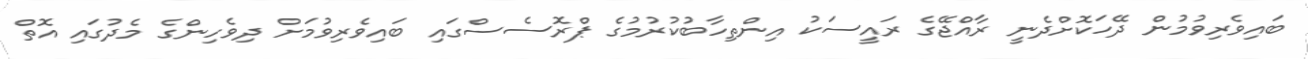
ބައިވެރިވުމުން ދޭހަކޮށްދެނީ ރާއްޖޭގެ ރައީސަކު އިންތިހާބުކުރުމުގެ ޕްރޮސެސްގައި ބައިވެރިވުމަށް ދިވެހިންގެ މެދުގައި އޮތް